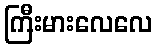
ကြီးမားလေလေ